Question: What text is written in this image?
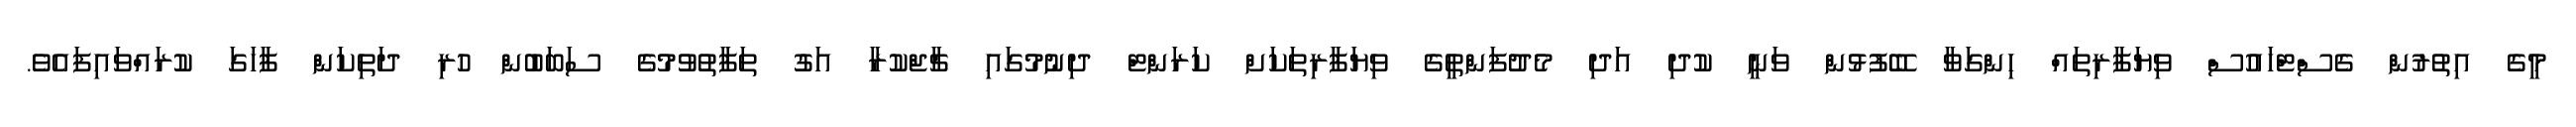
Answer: މީގެ އިތުރުން ގެސްޓްހައުސް ވިޔަފާރިތައް ހިންގަވާ ބޭފުޅުން ވަނީ ކުދި އަދި މެދުފަންތީގެ ވިޔަފާރިތަކަށް ކަރަންޓް ދިނުމުގައި ޗާޖްކުރާ އަގު ތަފާތުވުމުގެ ސަބަބުން ހުރި ދަތިކަން ފާހަގަ ކުރައްވައިފައެވެ.